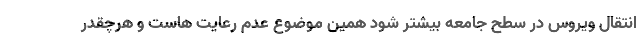
انتقال ویروس در سطح جامعه بیشتر شود همین موضوع عدم رعایت هاست و هرچقدر